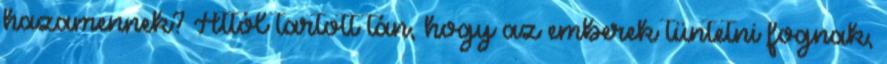
hazamennek? Attól tartott tán, hogy az emberek tüntetni fognak,